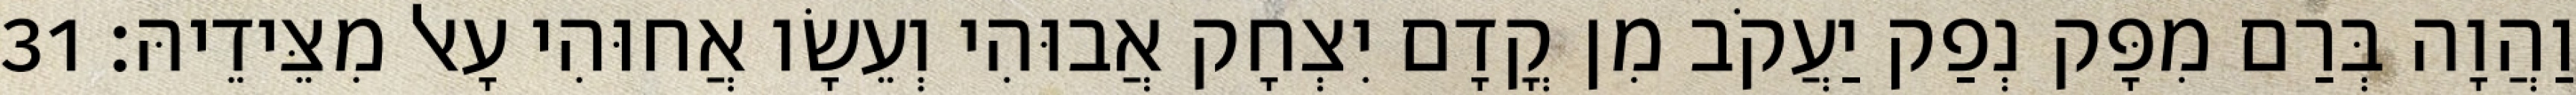
וַהֲוָה בְּרַם מִפָּק נְפַק יַעֲקֹב מִן קֳדָם יִצְחָק אֲבוּהִי וְעֵשָׂו אֲחוּהִי עָאל מִצֵּידֵיהּ׃ 31